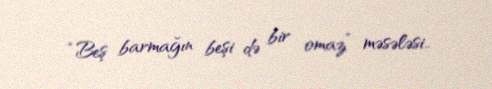
“Beş barmağın beşi də bir omaz” məsələsi..